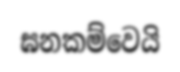
ඝනකම්වෙයි